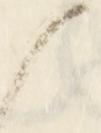
候